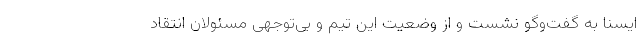
ایسنا به گفت‌وگو نشست و از وضعیت این تیم و بی‌توجهی مسئولان انتقاد